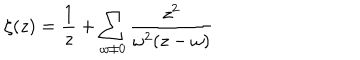
LaTeX: \zeta ( z ) = \frac { 1 } { z } + \sum _ { \omega \neq 0 } \frac { z ^ { 2 } } { \omega ^ { 2 } ( z - \omega ) }